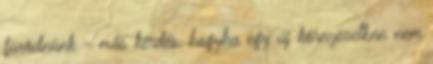
fürödnünk - más kérdés, hogyha egy új környezetben nem